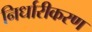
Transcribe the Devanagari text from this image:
निर्धारीकरण